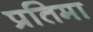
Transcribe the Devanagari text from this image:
प्रतिमा